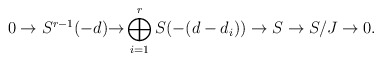
\begin{align*} 0 \to S^{r-1}(-d) {\to} \bigoplus_{i=1}^r S(-(d-d_i)) \to S \to S/J \to 0. \end{align*}